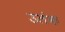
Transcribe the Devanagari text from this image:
उलंक